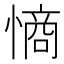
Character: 𭞡